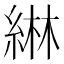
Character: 綝